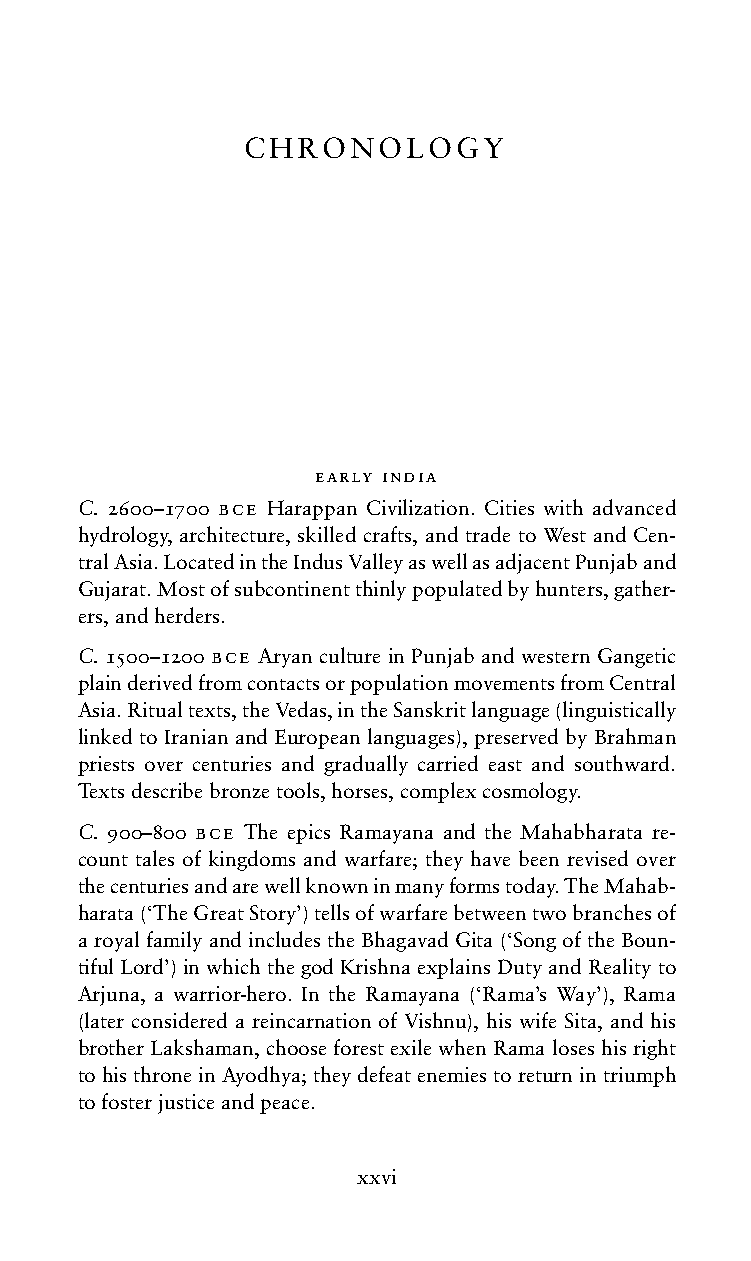
CHRONOLOGY
 early india
 C. 2600–1700 bce Harappan Civilization. Cities with advanced
 hydrology, architecture, skilled crafts, and trade to West and Cen-
 tralAsia.LocatedintheIndusValleyaswellasadjacentPunjaband
 Gujarat.Mostofsubcontinentthinlypopulatedbyhunters,gather-
 ers,andherders.
 C. 1500–1200 bce Aryan culture in Punjab and western Gangetic
 plainderivedfromcontactsorpopulationmovementsfromCentral
 Asia.Ritualtexts,theVedas,intheSanskritlanguage(linguistically
 linkedtoIranianandEuropeanlanguages),preservedbyBrahman
 priests over centuries and gradually carried east and southward.
 Textsdescribebronzetools,horses,complexcosmology.
 C. 900–800 bce The epics Ramayana and the Mahabharata re-
 count tales of kingdoms and warfare; they have been revised over
 thecenturiesandarewellknowninmanyformstoday.TheMahab-
 harata(‘TheGreatStory’)tellsofwarfarebetweentwobranchesof
 aroyalfamilyandincludestheBhagavadGita(‘SongoftheBoun-
 tifulLord’)inwhichthegodKrishnaexplainsDutyandRealityto
 Arjuna, a warrior-hero. In the Ramayana (‘Rama’s Way’), Rama
 (later considered a reincarnation of Vishnu), his wife Sita, and his
 brotherLakshaman,chooseforestexilewhenRamaloseshisright
 tohisthroneinAyodhya;theydefeatenemiestoreturnintriumph
 tofosterjusticeandpeace.
 xxvi